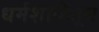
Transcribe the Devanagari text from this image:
धर्मशाळेतून